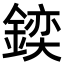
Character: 𨩌